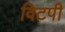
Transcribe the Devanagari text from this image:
विटपी